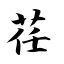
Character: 荏